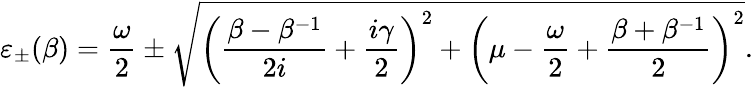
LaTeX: \varepsilon_{\pm}(\beta)=\frac{\omega}{2}\pm\sqrt{\left(\frac{\beta-\beta^{-1}}{2i}+\frac{i\gamma}{2}\right)^{2}+\left(\mu-\frac{\omega}{2}+\frac{\beta+\beta^{-1}}{2}\right)^{2}}.